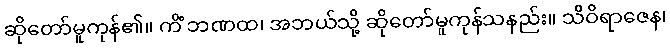
ဆိုတော်မူကုန်၏။ ကိံ ဘဏထ၊ အဘယ်သို့ ဆိုတော်မူကုန်သနည်း။ သိဝိရာဇေန၊